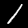
Digit: 1